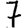
Digit: 7